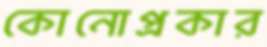
কোনোপ্রকার